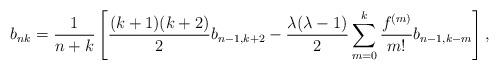
LaTeX: \begin{align*} b_{nk}=\frac{1}{n+k} \left[\frac{(k+1)(k+2)}{2} b_{n-1, k+2} - \frac{\lambda (\lambda -1)}{2} \sum_{m=0}^k \frac{f^{(m)}}{m!} b_{n-1, k-m} \right],\end{align*}